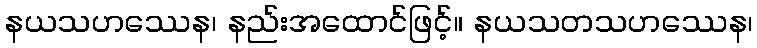
နယသဟဿေန၊ နည်းအထောင်ဖြင့်။ နယသတသဟဿေန၊